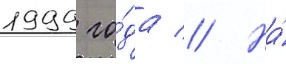
1999 го́да // На́